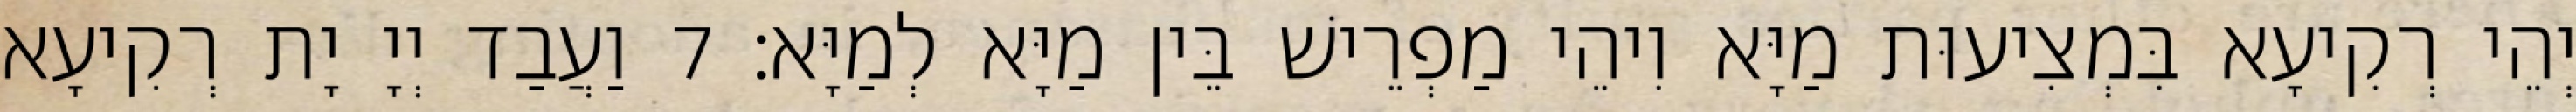
יְהֵי רְקִיעָא בִּמְצִיעוּת מַיָּא וִיהֵי מַפְרֵישׁ בֵּין מַיָּא לְמַיָּא׃ 7 וַעֲבַד יְיָ יָת רְקִיעָא